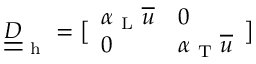
\underline { { \underline { { D } } } } _ { \mathrm { ~ h ~ } } = \bigl [ \begin{array} { l l } { \alpha _ { \mathrm { ~ L ~ } } \overline { { u } } } & { 0 } \\ { 0 } & { \alpha _ { \mathrm { ~ T ~ } } \overline { { u } } } \end{array} \bigr ]